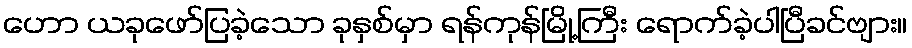
ဟော ယခုဖော်ပြခဲ့သော ခုနှစ်မှာ ရန်ကုန်မြို့ကြီး ရောက်ခဲ့ပါပြီခင်ဗျား။